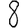
Digit: 8